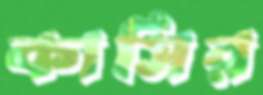
কাসির